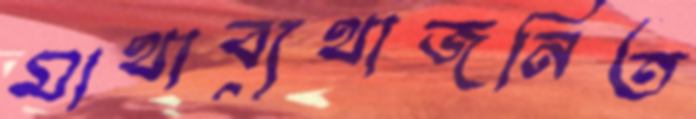
মাথাব্যথাজনিত